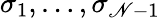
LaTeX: \sigma_{1},\ldots,\sigma_{\mathscr{N}-1}